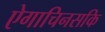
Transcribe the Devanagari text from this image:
ऐगाचिनसकि